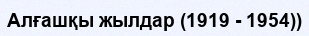
Алғашқы жылдар (1919 - 1954))